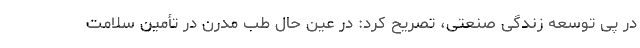
در پی توسعه زندگی صنعتی، تصریح کرد: در عین حال طب مدرن در تأمین سلامت